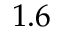
1 . 6